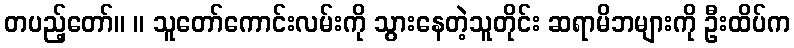
တပည့်တော်။ ။ သူတော်ကောင်းလမ်းကို သွားနေတဲ့သူတိုင်း ဆရာမိဘများကို ဦးထိပ်က